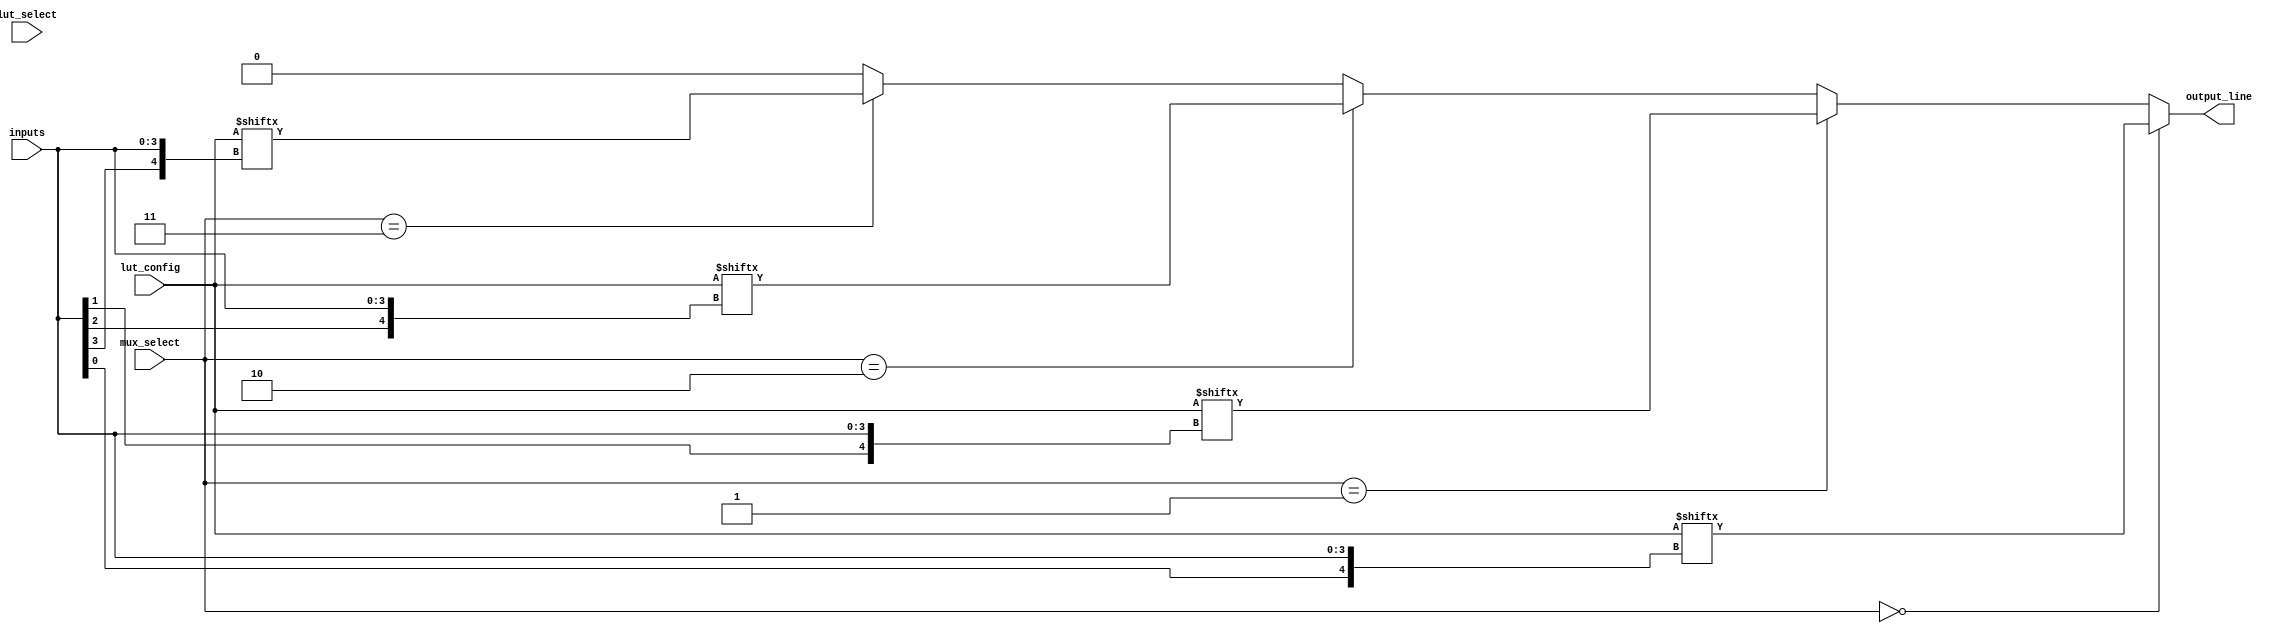
module CLB (
    input wire [3:0] inputs,        // 4 input lines
    input wire [1:0] lut_select,    // Select signal for LUTs
    input wire [1:0] mux_select,    // Select signal for MUX
    input wire [15:0] lut_config,    // Configuration for LUTs (16-bit for 4-input LUTs)
    output wire output_line          // Output line
);

    // LUTs - 4-input Look-Up Tables
    wire [3:0] lut_outputs;          // Outputs from LUTs
    wire [3:0] lut_inputs;           // Internal LUT inputs

    // Assign inputs to LUTs
    assign lut_inputs = inputs;

    // LUT implementation
    generate
        genvar i;
        for (i = 0; i < 4; i = i + 1) begin : lut
            assign lut_outputs[i] = lut_config[{lut_inputs[i], lut_inputs[3:0]}]; // LUT behavior based on configuration
        end
    endgenerate

    // MUX implementation
    wire mux_output;
    assign mux_output = (mux_select == 2'b00) ? lut_outputs[0] :
                        (mux_select == 2'b01) ? lut_outputs[1] :
                        (mux_select == 2'b10) ? lut_outputs[2] :
                        (mux_select == 2'b11) ? lut_outputs[3] : 1'b0;

    // Output assignment
    assign output_line = mux_output;

endmodule